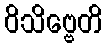
ဝိသိဗ္ဗေတိ